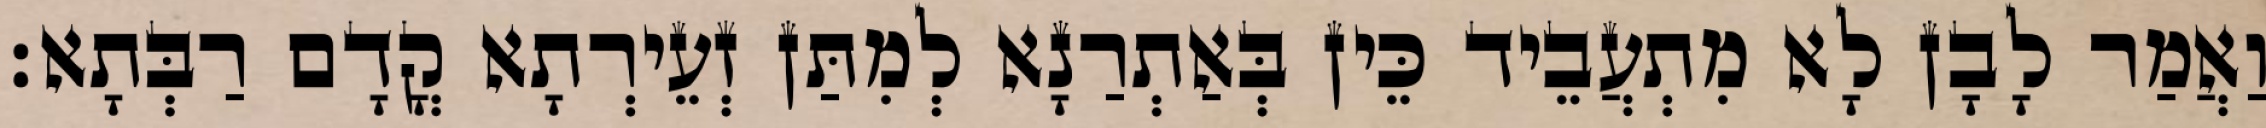
וַאֲמַר לָבָן לָא מִתְעֲבֵיד כֵּין בְּאַתְרַנָא לְמִתַּן זְעֵירְתָא קֳדָם רַבְּתָא׃